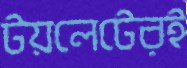
টয়লেটেরই